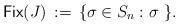
LaTeX: \begin{align*} {\sf Fix}(J)\,:=\,\{\sigma\in S_n : \sigma \ \}.\end{align*}